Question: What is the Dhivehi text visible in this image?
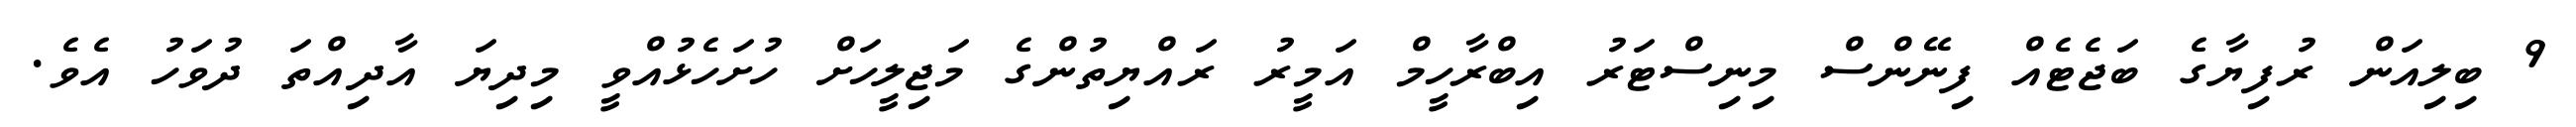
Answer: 9 ބިލިއަން ރުފިޔާގެ ބަޖެޓެއް ފިނޭންސް މިނިސްޓަރު އިބްރާހީމް އަމީރު ރައްޔިތުންގެ މަޖިލީހަށް ހުށަހެޅުއްވީ މިދިޔަ އާދިއްތަ ދުވަހު އެވެ.